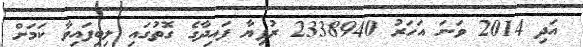
އަދި 2014 ވަނަ އަހަރު 2338940 ރުފިޔާ ފައިދާގެ ގޮތުގައި ލިބިފައިވާ ކަމަށް